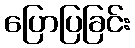
ပြောပြခြင်း